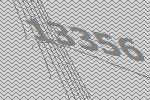
13356